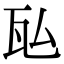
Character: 𬎤